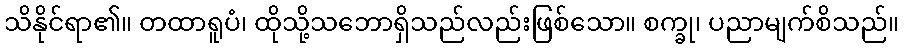
သိနိုင်ရာ၏။ တထာရူပံ၊ ထိုသို့သဘောရှိသည်လည်းဖြစ်သော။ စက္ခု၊ ပညာမျက်စိသည်။